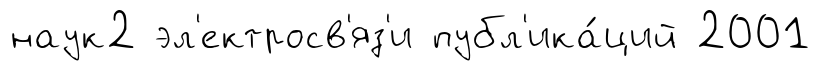
наук2 эл'ектросв'яз'и публ'ика́ций 2001